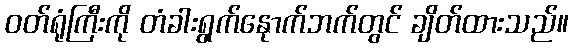
ဝတ်ရုံကြီးကို တံခါးရွက်နေုာက်ဘက်တွင် ချိတ်ထားသည်။